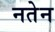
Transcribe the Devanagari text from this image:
नतेन